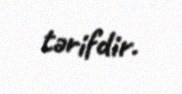
tərifdir.